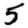
Digit: 5